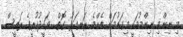
މި ނިންމި ނިންމުމަކީ މިގައުމަށް އެންމެ ރަނގަޅު ގޮތް  ވަހީދުކުރީގެ ރައީސް